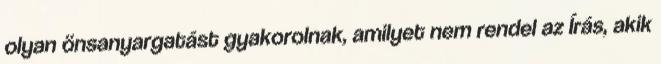
olyan önsanyargatást gyakorolnak, amilyet nem rendel az Írás, akik